Veterinary regulations India, 1925 -
Year: 1925
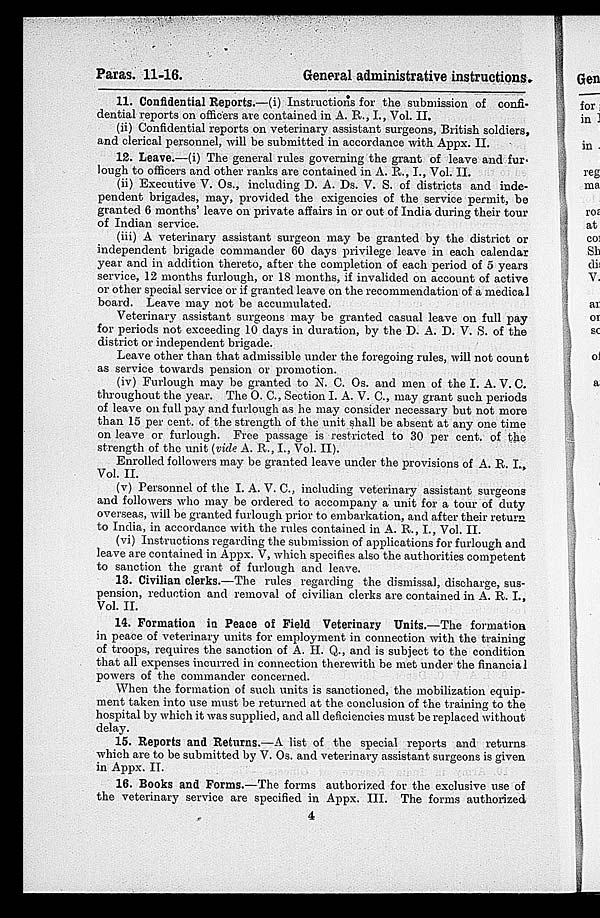
Paras. 11-16.
General administrative instructions.
11. Confidential Reports.—(i) Instructions for the submission of confi-
dential reports on officers are contained in A. R., I., Vol. II.
(ii) Confidential reports on veterinary assistant surgeons, British soldiers,
and clerical personnel, will be submitted in accordance with Appx. II.
12. Leave.—(i) The general rules governing the grant of leave and fur¬
lough to officers and other ranks are contained in A. R., I, Vol. II.
(ii) Executive V. Os., including D. A. Ds. V. S. of districts and inde-
pendent brigades, may, provided the exigencies of the service permit, be
granted 6 months' leave on private affairs in or out of India during their tour
of Indian service.
(iii) A veterinary assistant surgeon may be granted by the district or
independent brigade commander 60 days privilege leave in each calendar
year and in addition thereto, after the completion of each period of 5 years
service, 12 months furlough, or 18 months, if invalided on account of active
or other special service or if granted leave on the recommendation of a medical
board. Leave may not be accumulated.
Veterinary assistant surgeons may be granted casual leave on full pay
for periods not exceeding 10 days in duration, by the D. A. D. V. S. of the
district or independent brigade.
Leave other than that admissible under the foregoing rules, will not count
as service towards pension or promotion.
(iv) Furlough may be granted to N. C. Os. and men of the I. A. V. C.
throughout the year. The O. C., Section I. A. V. C., may grant such periods
of leave on full pay and furlough as he may consider necessary but not more
than 15 per cent. of the strength of the unit shall be absent at any one time
on leave or furlough. Free passage is restricted to 30 per cent. of the
strength of the unit (vide A. R., I., Vol. II).
Enrolled followers may be granted leave under the provisions of A. R. I.,
Vol. II.
(v) Personnel of the I. A. V. C., including veterinary assistant surgeons
and followers who may be ordered to accompany a unit for a tour of duty
overseas, will be granted furlough prior to embarkation, and after their return
to India, in accordance with the rules contained in A. R., I., Vol. II.
(vi) Instructions regarding the submission of applications for furlough and
leave are contained in Appx. V, which specifies also the authorities competent
to sanction the grant of furlough and leave.
13. Civilian clerks.—The rules regarding the dismissal, discharge, sus-
pension, reduction and removal of civilian clerks are contained in A. R. I.,
Vol. II.
14. Formation in Peace of Field Veterinary Units.—The formation
in peace of veterinary units for employment in connection with the training
of troops, requires the sanction of A. II. Q., and is subject to the condition
that all expenses incurred in connection therewith be met under the financial
powers of the commander concerned.
When the formation of such units is sanctioned, the mobilization equip-
ment taken into use must be returned at the conclusion of the training to the
hospital by which it was supplied, and all deficiencies must be replaced without
delay.
15. Reports and Returns.—A list of the special reports and returns
which are to be submitted by V. Os. and veterinary assistant surgeons is given
in Appx. II.
16. Books and Forms.—The forms authorized for the exclusive use of
the veterinary service are specified in Appx. III. The forms authorized
4